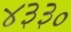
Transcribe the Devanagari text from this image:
४३३०